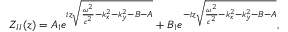
Z _ { I I } ( z ) = A _ { 1 } e ^ { i z \sqrt { \frac { \omega ^ { 2 } } { c ^ { 2 } } - k _ { x } ^ { 2 } - k _ { y } ^ { 2 } - B - A } } + B _ { 1 } e ^ { - i z \sqrt { \frac { \omega ^ { 2 } } { c ^ { 2 } } - k _ { x } ^ { 2 } - k _ { y } ^ { 2 } - B - A } } ,